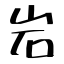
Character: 岩